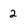
Character: 2